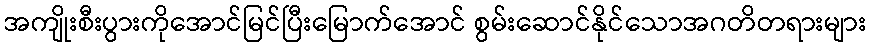
အကျိုးစီးပွားကိုအောင်မြင်ပြီးမြောက်အောင် စွမ်းဆောင်နိုင်သောအဂတိတရားများ